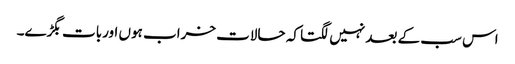
اس سب کے بعد نہیں لگتا کہ حالات خراب ہوں اوربات بگڑے۔